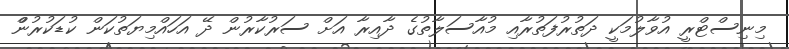
މިނިސްޓްރީ އުވާލުމަކީ ދަތުރުފަތުރާއި މުއާސަލާތުގެ ދާއިރާ އަށް ސަރުކާރުން ދޭ އަހައްމިޔަތުކަން ކުޑަކުރުންް